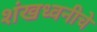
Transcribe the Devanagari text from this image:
शंखध्वनीचे